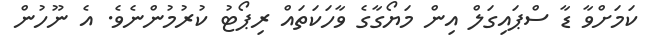
ކަމަށްވާ ޑާ ސްޕައިގަލް އިން މަޔޯގާގެ ވާހަކަތައް ރިޕޯޓު ކުރުމުންނެވެ. އެ ނޫހުން